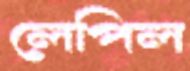
লেপিল